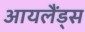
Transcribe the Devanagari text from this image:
आयलैंड्स